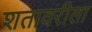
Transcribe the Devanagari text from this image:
शतावरीला